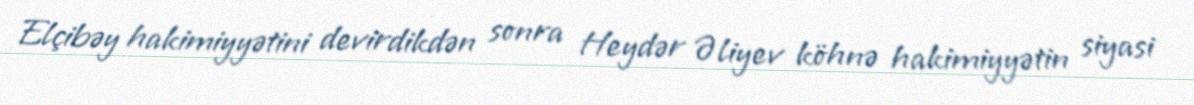
Elçibəy hakimiyyətini devirdikdən sonra Heydər Əliyev köhnə hakimiyyətin siyasi